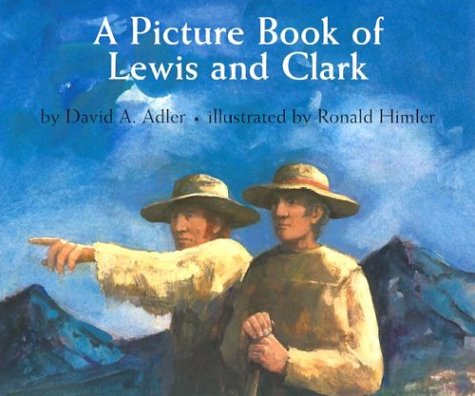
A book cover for A Picture Book of Lewis and Clark (Picture Book Biography); David A. Adler; Children's Books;